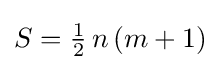
S={\tfrac {1}{2}}\,n\,(m+1)